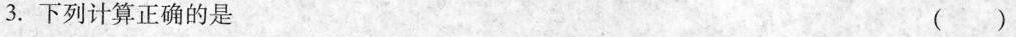
3.下列计算正确的是 ()